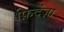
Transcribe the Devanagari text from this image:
फ़िदेंज़ा